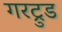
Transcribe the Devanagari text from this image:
गरट्रुड